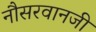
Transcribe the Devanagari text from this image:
नौसरवानजी